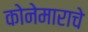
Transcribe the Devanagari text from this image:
कोनेमाराचे